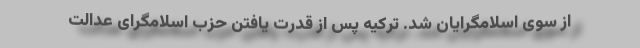
از سوی اسلامگرایان شد. ترکیه پس از قدرت یافتن حزب اسلامگرای عدالت